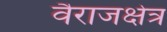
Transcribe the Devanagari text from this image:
वैराजक्षेत्र